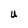
Character: U